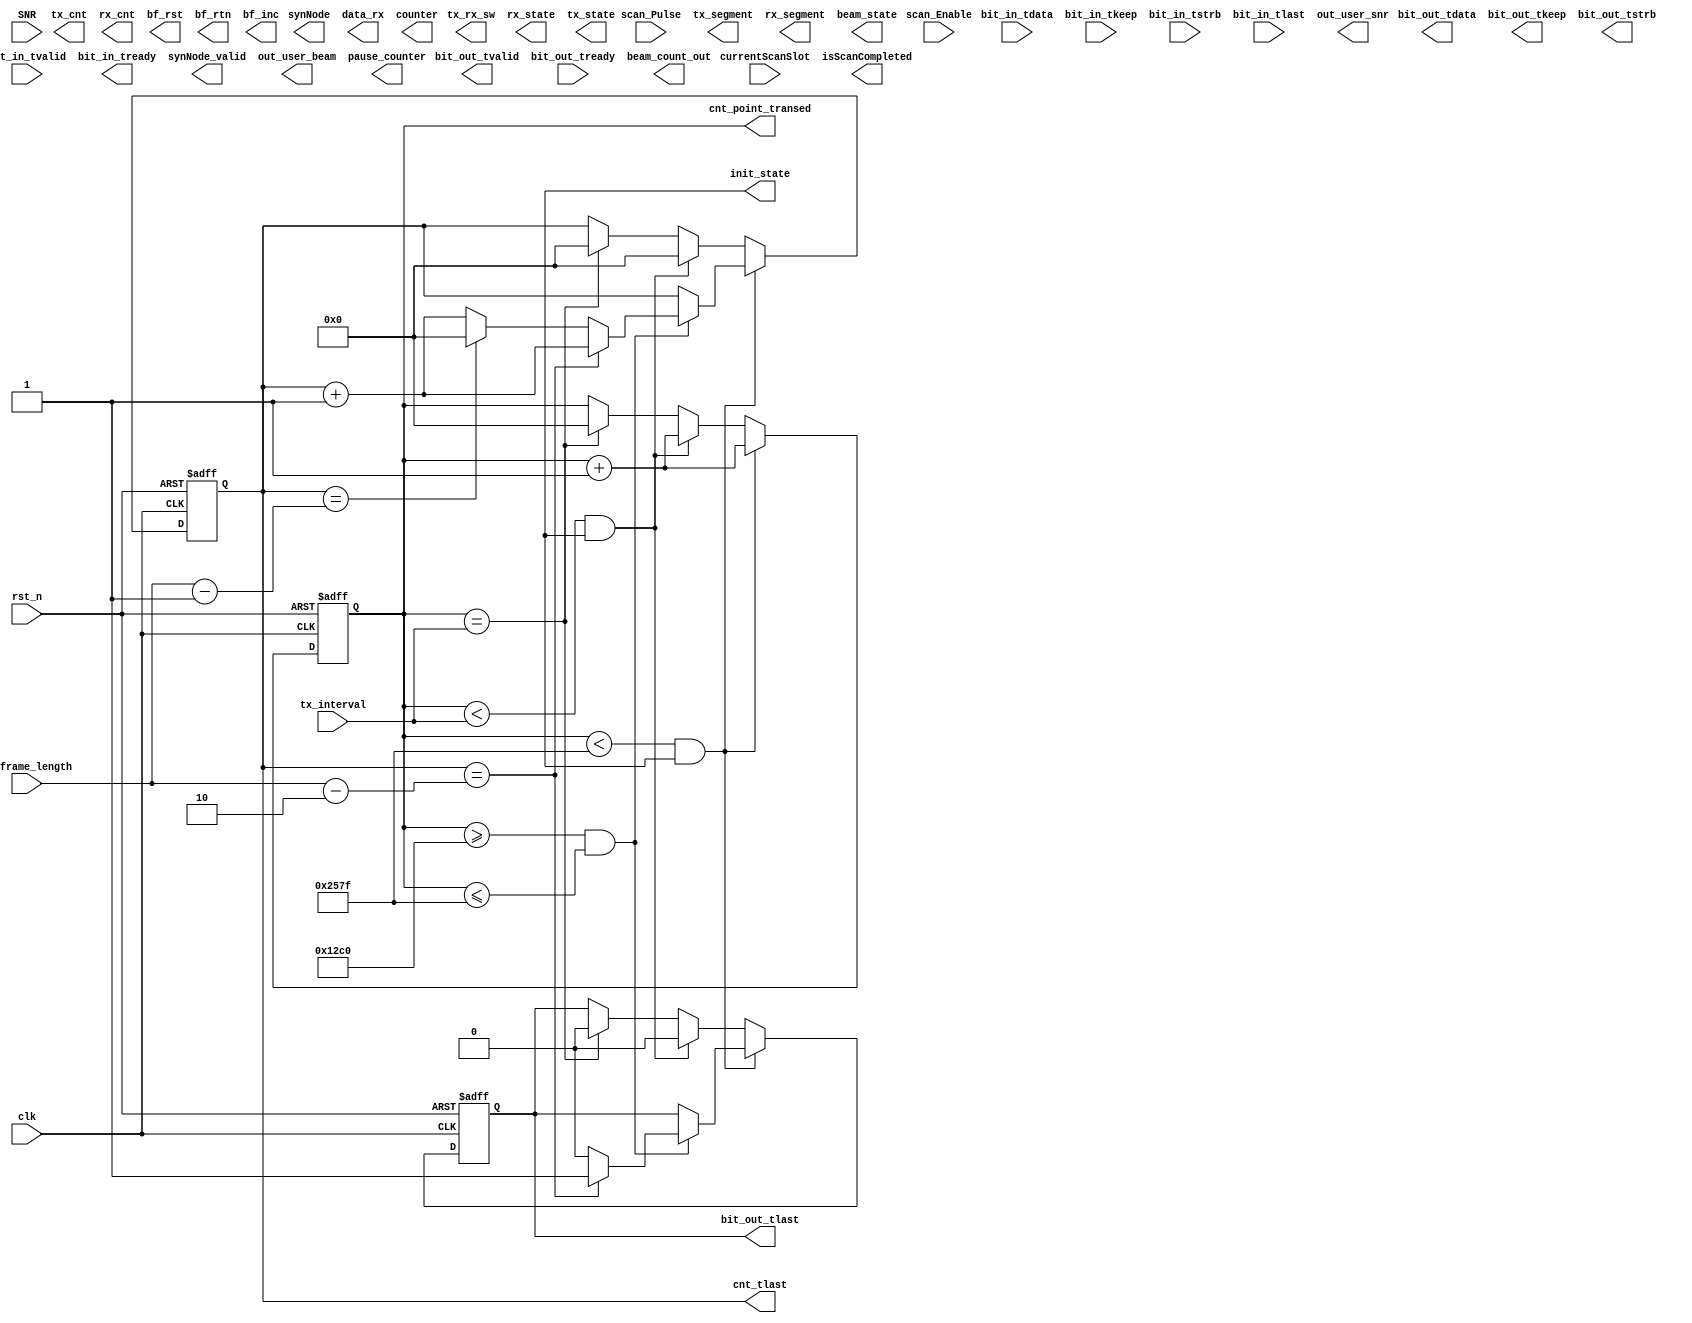
module beam_scan_v2(
    input wire clk,
    input wire rst_n,
        
    input wire  [15:0] tx_interval,
    input wire  [15:0] tx_frame_length,
    
    input wire scan_Enable, // ־ǰΪɨȽ׶
    input wire scan_Pulse,  // ɨȹ̣ÿɨʱ϶ʼʱ̸
    input wire  [7:0] currentScanSlot,  //ǰɨʱ϶ͨʱʱ϶ȷǰ
    
    //˲Ϊݽӿ
    //ڻվ͹㲥źŰϢ
    //ûվϢ: (1)һʱ϶ڣÿյһ֡ݣǰӦ
    //                        2
    output wire [15:0] bit_out_tdata,
    output wire        bit_out_tvalid,
    input  wire        bit_out_tready,
    output wire  [1:0] bit_out_tkeep,
    output wire  [1:0] bit_out_tstrb,
    output reg         bit_out_tlast,
    
    //˲Ϊݽӿ
    //ڻվһʱ϶ڣÿ㲥һϢתΪ״̬ղͬûÿһźݵȣһʱ϶ɺж
    //ûյվÿһźݺǰϢȣͬʱûҪ洢ߵ
    input  wire [15:0] bit_in_tdata,
    input  wire        bit_in_tvalid,
    output wire        bit_in_tready,
    input  wire  [1:0] bit_in_tkeep,
    input  wire  [1:0] bit_in_tstrb,
    input  wire        bit_in_tlast,
    
    output wire synNode_valid,
    output wire [7:0] synNode,
    output wire isScanCompleted,
    
    input  wire SNR, //ź
    
    output reg [7:0]  out_user_beam,// 洢ÿûĲ
    output reg [15:0] out_user_snr,  // 洢ÿû
    
    output reg [15:0] data_rx,
//    output reg pause_state, // ״̬վ1Ϊͣ0Ϊͣû1Ϊͣ0Ϊ
    output reg [15:0]  tx_segment,
    output reg [15:0]  rx_segment,
    
    output reg init_state,  // UE ר
    
    output reg [15:0] tx_cnt,//UEר
    output reg [15:0] rx_cnt,//UEר
    
    output reg [15:0] cnt_tlast,
    output reg [15:0] cnt_point_transed,
    
    output wire [7:0] beam_count_out ,
    output reg [15:0] counter, //UEר
    
//    output reg send_data,
    output reg [31:0] pause_counter,
    
    output wire tx_rx_sw, //RXģʽ(TX_RX_SW=0)TXģʽ(TX_RX_SW=1)
    output reg beam_state,//1Ϊ 
    output reg rx_state, //1Ϊ
    output reg tx_state, //1Ϊ
    
    output wire bf_rst, // BF_RSTΪԤ̵Ĭֵ=0  bs-> reg  ue->wire
    output reg bf_rtn, // BF_INCָ1
    output reg bf_inc  // BF_RTNʱΪԤ̵Ĭֵ
    
    );
    parameter [15:0] PAUSE_TIME = 16'd4799;
    parameter [15:0] BEAM_TIME  = 16'd9599;
    
//    reg [15:0] data_rx;
//    reg pause_state;
    
//    reg [7:0]  out_user_beam;// 洢ÿûĲ
//    reg [15:0] out_user_snr;
    
    // иʼ״̬־ʾǷΪһµķ͵Ŀʼ
//    reg init_state = 1'b0;  // BS ר
    
//    reg [31:0] counter = 0;  // BS ר
    
    reg [7:0] beam_index [63:0]; ////  Array to store the beam numbers,ǰÿĴСжټĴ
    reg [7:0] beam_count = 0; // Counter for the beam numbers
    
//    reg [7:0] tx_cnt;
//    reg [7:0] rx_cnt;
    
//    reg [31:0] cnt_tlast; 
//    reg [31:0] cnt_point_transed;
    
    reg send_data;
    
//    reg beam_state;//1Ϊ 
//    reg rx_state; //1Ϊ
//    reg tx_state; //1Ϊ
    
//    reg [7:0]  tx_segment = 0; 
    reg [95:0] tx_data; // Data to be transmitted
    reg [95:0] rx_data; // 洢յ
//    reg [15:0] tx_data [4799 : 0]; // Data to be transmitted
//    reg [15:0] rx_data [4799 : 0]; // 洢յ
//    reg [7:0]  rx_segment = 0; // 洢ݵĶκ
    
//    reg send_data; // Flag to control data transmission
    
    reg [7:0]  best_bs_beam; // 洢ѻվĲ
    reg [7:0]  best_user_beam;//// 洢ûĲ
    reg [15:0] best_snr; // 洢Ѳ
    
    integer i;
    
//    reg [31:0] pause_counter = 0; // ļ //4.1 20:23 ɾcntش
//    reg [31:0] counter = 0;
//    reg pause_state; // ״̬1Ϊͣ0Ϊ
//    reg [7:0] tx_cnt = 0;
//    reg [7:0] rx_cnt = 0;
    `ifdef NODE_UE
        // ûض߼
        reg [15:0] snr [63:0]; // 洢ÿ
        reg [7:0]  user_beam ; // 洢ÿûĲ
        reg [7:0]  user_counter;
        reg [7:0]  rx_counter;
    `endif
    `ifdef NODE_BS
        // վݵ߼       
        reg [7:0] user_beam [63:0]; // 洢ÿûĲ
        reg [15:0] bs_snr   [63:0]; // 洢ÿͲ
//        reg beam_state;// һηͽɺԤʱв Ϊ1ʱ  Ϊ0ʱ
    `endif
    
    `ifdef NODE_BS  //վ:׼\  վֱٶ
        always @(posedge clk or posedge scan_Pulse) begin
            if (rst_n == 1'b0) begin
                cnt_point_transed <= 32'd0;
                cnt_tlast         <= 32'd0;
                tx_segment <= 16'd0;   tx_data <= 96'd0;
                rx_segment <= 16'd0;   rx_data = 96'd0; 
                
                send_data  <= 1'b0; 
                pause_counter <= 32'd0;  
//                pause_state <= 1'b0;
                best_snr <= 16'd0;
                
                beam_state <= 1'b0;
                rx_state <= 1'b0;
                tx_state <= 1'b1;
                
                
                init_state <= 1'b0; 
                
                bf_inc <= 1'b0;
                bf_rtn <= 1'b0;
                bf_rst <= 1'b1;
                for (i = 0; i < 64; i = i + 1)
                    user_beam[i] <= 8'd0;
                for (i = 0; i < 64; i = i + 1)
                    bs_snr[i] <= 16'd0;
                for (i = 0; i < 64; i = i + 1'b1)
                    beam_index[i] <= i;
            end
            else begin
            
                //
//                if (pause_state == 1'b1) begin //ͣͣտ϶
                if (rx_state == 1'b1) begin //ͣͣտ϶
//                    if (bit_in_tvalid)begin
                        if(rx_segment <= 5) begin
                            rx_data[rx_segment*16+:16] = bit_in_tdata;
                            data_rx  <= rx_data[rx_segment*16+:16];
                        end
                        if (rx_segment < 16'd4799 ) begin
                            rx_segment = rx_segment + 16'd1;
                        end
                        else begin
                            rx_segment = 16'd0;
//                            user_beam[rx_data[3][8:0]] = rx_data[3][8:0];
                            user_beam[rx_data[39:32]] = rx_data[39:32];
                            //ѡ
//                            if(rx_data[7:0] != )
//                                user_counter <= user_counter + 1'b1;
//                            end
                            bs_snr [beam_count] <=  rx_data[5];
                            best_user_beam <=   rx_data[39:32];
                            best_snr       <=   bs_snr[beam_count]; //洢һʱ϶64
//                            out_user_beam       <=  rx_data[3][7:0]; // 洢ûĲ
//                            out_user_snr        <=  {rx_data[4][7:0] ,rx_data[3][15:8]}; // 洢ÿվ
                            // ͣʱղ洢û˷Ļվ˷ͲŵԼûǰĲ
                            if (bs_snr [beam_count] > best_snr) begin
                                best_bs_beam   <=   beam_count;
//                                best_user_beam <=   rx_data[2][7:0];
                                 best_user_beam <=   rx_data[39:32];
                                best_snr       <=   bs_snr[beam_count]; //洢һʱ϶64
                            end
                        end
//                    end
                    if (pause_counter < PAUSE_TIME) begin
                        pause_counter  =   pause_counter + 32'd1;
                    end
                    else begin
//                        pause_state    =   1'b0;
//                        pause_counter  =   32'd0;
                        pause_counter  <=   pause_counter + 32'd1;
                        beam_state     <=   1'b1; // ״̬һ״̬
                        rx_state     <=   1'b0;
                        tx_state    <=   1'b0;
                        data_rx <= 0;
                    end
                end
                
                //
                else if(beam_state == 1'b1)begin
//                else if(beam_state == 1'b1)begin
                
                    if(pause_counter < BEAM_TIME)begin //  <10
                        pause_counter  <=   pause_counter + 32'd1;
                        if(beam_count > 0 && beam_count <= 63)begin //inc
                            bf_inc <= 1'b1;
                        end
                        else if( beam_count == 0 && send_data == 0)begin
//                        else if(beam_count == 63 || beam_count == 0)begin
                            bf_rst <= 1'b1;
                        end
                        
                    end
                    else begin //׶
//                        pause_state   <=   1'b0;
                        pause_counter <= 32'd0;
                        beam_state    <=   1'b0;
                        tx_state      <=   1'b1;
                        rx_state      <=   1'b0;
                        bf_inc <= 1'b0;
                        bf_rst <= 1'b0;
                        bf_rtn <= 1'b0;
                    end
                    
                end
                
                //
                else if(tx_state == 1 )begin
//                if(tx_state == 1 || (beam_state == 0 && rx_state == 0) )begin
//                if(pause_state == 0 && beam_state == 0)begin
//                else if(pause_state == 0 && beam_state == 0)begin
                    data_rx <= 0;
//                    if (scan_Enable && beam_count == 0) begin //һźŷ 3.31 1441޸ģб뿴Ƿԡ
                    if (scan_Enable && scan_Pulse  && beam_count == 0) begin //һźŷ
                        // Construct the data to be transmitted
                        send_data  <=  1'b1;
                        init_state <= 1'b1;
                        bf_rst <= 1'b0;
//                        {tx_data [5][15:0],tx_data[4][15:0],tx_data[3][15:0],tx_data[2][15:8]} <=  56'h4321567890ABCD; // Reserved
//                        tx_data [2][7:0] <=  beam_index[beam_count]; // Beam index
//                        tx_data [1][15:6] <=  10'd96; // Data length
//                        tx_data [1][5:0] <=  6'b001001; // Data type
//                        tx_data [0][15:8]  <=  8'hFF; // Destination address
//                        tx_data [0][7:0] <=  8'h01; // Source address
                        tx_data [95:40] <=  56'h4321567890DCBA; // Reserved
                        tx_data [39:32] <=  beam_index[beam_count]; // Beam index
                        tx_data [31:22] <=  10'd96; // Data length
                        tx_data [21:16] <=  6'b001001; // Data type
                        tx_data [15:8]  <=  8'hFF; // Destination address
                        tx_data [7:0]   <=  8'h01; // Source address
                    end
//                    else if (scan_Enable && bit_out_tready) begin//沨źŷ 3.31 1441޸ģб뿴Ƿԡ
                    else if (scan_Enable && bit_out_tready  && beam_count != 0) begin//沨źŷ
                        send_data <= 1'b1;
//                        {tx_data [5][15:0],tx_data[4][15:0],tx_data[3][15:0],tx_data[2][15:8]} <=  56'h4321567890ABCD; // Reserved
//                        tx_data [2][7:0] <=  beam_index[beam_count]; // Beam index
//                        tx_data [1][15:6] <=  10'd96; // Data length
//                        tx_data [1][5:0] <=  6'b001001; // Data type
//                        tx_data [0][15:8]  <=  8'hFF; // Destination address
//                        tx_data [0][7:0] <=  8'h01; // Source address
                        tx_data [95:40] <=  56'h1234567890ABCD; // Reserved
                        tx_data [39:32] <=  beam_index[beam_count]; // Beam index
                        tx_data [31:22] <=  10'd96; // Data length
                        tx_data [21:16] <=  6'b001001; // Data type
                        tx_data [15:8]  <=  8'hFF; // Destination address
                        tx_data [7:0]   <=  8'h01; // Source address
                    end
                    if (cnt_point_transed < tx_frame_length && send_data ) begin
                        if (bit_out_tready == 1'b1) begin
//                            cnt_point_transed <= cnt_point_transed + 32'd1;
                            if (tx_segment < 16'd4799) begin
                                tx_segment = tx_segment + 16'd1;
                            end
                            else begin
                                tx_segment  = 16'd0; 
                                beam_count  = beam_count + 1'b1;
//                                pause_state = 1'b1;
                                tx_state = 1'b0;
                                rx_state = 1'b1;
                                beam_state = 1'b0;
                                rx_data[rx_segment*16+:16] = bit_in_tdata;
                                data_rx  <= rx_data[rx_segment*16+:16];
                                if (beam_count > 63) begin
                                    beam_count <=  0;
                                    send_data  <=  1'b0;
                                end
                            end
                        end
                    end
                end
            end
        end
    `endif
    
    
     `ifdef NODE_UE //û:׼\
//  ˲:ÿʱ϶Уû˻յվ˷͵64ĲͬݣͨȽбȽϡ
//  ȣÿʱ϶ʱѡȵĻվ˷͵ĲšȻ64ʱ϶
//  Ƚÿʱ϶ѡľȵĻվ˷͵ĲţѡĲţȷӦûղźţѲԡ
//  ÿʱ϶ʱÿȺѡѵĲ
        always @(posedge clk or posedge scan_Pulse) begin
            if (rst_n == 1'b0) begin

                best_bs_beam <= 8'd0; best_user_beam  <=  8'd0; best_snr  <=  16'd0;
                
                tx_segment  <=  16'd0; tx_data  <=  0;
                rx_segment  <=  16'd0; rx_data  <=  0;
                
                user_beam   <=  8'd0;
                
                pause_counter  <=  32'd0; 
//                pause_state  <=  1'b0;
                init_state <= 1'b0;
                rx_counter <= 8'd0;
                counter = 32'd0;
                beam_state <= 1'b0;
                rx_state <= 1'b1;
                tx_state <= 1'b0;
                bf_inc <= 1'b0;
                bf_rtn <= 1'b0;
                rx_cnt    <=   1'b0;
                tx_cnt    <=   1'b0;
                for (i = 0; i < 64; i = i + 1)
                    snr[i] <= 16'd0;
            end
            else  begin
 
                if(rx_segment == 16'd4799)begin
                    counter <= counter + 1'b1;
                    rx_data <= 0;
                    data_rx <= 16'd0;
                    rx_state <= 1'b0;
                    tx_state <= 1'b1;
                    beam_state <= 1'b0;
                    rx_segment  =  16'd0;
                    tx_segment  =  16'd0;
                    rx_cnt = 1'b0;
                    tx_cnt = 1'b0;
                end
                
                //
               if (tx_state == 1'b1) begin
                     tx_cnt = tx_cnt + 16'd1;
//                     rx_data <= 96'd0;
//                     data_rx <= 16'd0;
                    // ڻվͣʱյĶӦվͲŵȷͳȥ
                    tx_data[95:56] =  40'h1234567890; // Reserved
    //                tx_data[47:40] = snr[best_beam]; // SNR of the best beam
                    tx_data[55:40] =  snr[rx_data[39:32]]; // SNR of current BS's beam
    //                tx_data[39:32] = best_beam; // User's current beam
                    tx_data[39:32] =  user_beam; // User's current beam
                    tx_data[31:22] =  10'd96; // Data length
                    tx_data[21:16] =  6'b001001; // Data type
                    tx_data[15:8]  =  8'h01; // Destination address
                    tx_data[7:0]   =  8'h02; // Source address

//                    if (tx_state ) begin // //4.1 20:23 ɾcntش
//                    if (cnt_point_transed < tx_frame_length && tx_state ) begin // 4.1 1500֮ǰõ
    //                if (cnt_point_transed < tx_frame_length && pause_state ) begin
                        if (bit_out_tready == 1'b1) begin
//                            cnt_point_transed <= cnt_point_transed + 32'd1; //4.1 20:23 ɾcntش
                            if (tx_segment < 16'd4799 ) begin
    //                        if (tx_segment < 6'd5 && (tx_cnt > 1 )) begin
                                tx_segment  =  tx_segment + 16'd1;
                            end   
                            
    //                        else begin
    //                            tx_segment  <=  6'd0;
    //                        end
                            if (pause_counter < PAUSE_TIME) begin
                                pause_counter  =   pause_counter + 32'd1;
                            end
                            else begin
                                pause_counter  <=   pause_counter + 32'd1;
                                beam_state     <=   1'b1; // ״̬һ״̬
                                rx_state     <=   1'b0;
                                tx_state    <=   1'b0;
                                rx_data <= 96'hEFEF;
                                data_rx <= 16'hCDCD;                    
                            end
                        end
//                    end
//                    else if (cnt_point_transed < tx_interval) begin  //4.1 20:23 ɾcntش
//                        cnt_point_transed  <=  cnt_point_transed + 32'd1;
//                    end
//                    else if (cnt_point_transed == tx_interval) begin
//                        cnt_point_transed  <=  32'd0;
//                    end
            end//ͽ
            
            //
            else if(beam_state == 1'b1)begin
//                else if(beam_state == 1'b1)begin
                if(pause_counter < BEAM_TIME)begin //  <10
                    pause_counter  <=   pause_counter + 32'd1;
                    if(counter > 0 && counter < 64)begin //inc
//                    if(user_beam >= 0 && user_beam <= 63)begin //inc
                        bf_inc <= 1'b1;  // һֱʾΪ1
                    end
//                    else if( user_beam == 0 && counter == 0)begin
////                        else if(beam_count == 63 || beam_count == 0)begin
//                        bf_rst <= 1'b1;
//                    end
                end
                else begin //׶
                    pause_counter <=   32'd0;
                    beam_state    <=   1'b0;
                    tx_state      <=   1'b0;
                    rx_state      <=   1'b1;
                    rx_cnt        <=   8'd1;
                    bf_inc        <=   1'b0;
                    bf_rtn        <=   1'b0;
                end
            end
            
            // 
            else if (rx_state == 1'b1) begin
                if (bit_in_tvalid) begin // 4.1 1500ע͵
//                    rx_state <= 1'b1;
//                    tx_state <= 1'b0;
//                    beam_state <= 1'b0;
//                    pause_counter  =   pause_counter + 32'd1;
//                    counter <= 32'd1;
//                    pause_state <= 1'b1;
                    init_state <= 1'b1;
//                    rx_cnt <= rx_cnt + 8'd1;
//                    rx_cnt = rx_cnt + 8'd1;
//                    rx_data[rx_segment*16+:16] = bit_in_tdata;
//                    data_rx    =  rx_data[rx_segment*16+:16];
//                    if (rx_segment < 8'd6 ) begin
                    if (rx_segment < 16'd4799 && (rx_cnt != 0 )) begin
                        rx_segment <= rx_segment + 16'd1;
                    end
//                    else begin
//                        rx_segment  =  8'd0;// ɣרΪ
//                    end
                    if(rx_segment <= 16'd5)begin
                        rx_data[rx_segment*16+:16]   =   bit_in_tdata;
                                          data_rx    =   rx_data[rx_segment*16+:16];
                    end
                    rx_cnt <= rx_cnt + 8'd1;
                    if(rx_segment ==  16'd4799) begin
                    // µǰ
//                        tx_segment  =  16'd0;
//                        tx_cnt      =  16'd0;
                        snr[rx_data[39:32]] <= SNR;
//                        rx_state <= 1'b0;
//                        tx_state <= 1'b1;
//                        beam_state <= 1'b0;
                        // ǰȱѲȴѵĲ
                        if (SNR > best_snr) begin
                            best_bs_beam    <=  rx_data[39:32];//洢һʱ϶64ķͲ
                            best_user_beam  <=  user_beam;
                            best_snr <= SNR;//洢һʱ϶64
                        end
                    end
                  end // 4.1 1500ע͵
               end
            //û˲һʱ϶ڸһ
//                if (tx_state) begin
                if (scan_Pulse == 1'b1) begin
                    counter    <= 32'd0;
//                    pause_state <= 1'b0;
                    if(rx_counter >= 1) begin //user_beam0ʼ
                        user_beam = user_beam + 8'd1;
                    end
                    rx_counter = rx_counter + 1'b1;
                    if(rx_counter == 64) begin
                        user_beam  <=  8'd0;
                        rx_counter <=  8'd0;
                    end
                    if(user_beam == 64) begin
                        user_beam  <=  8'd0;
//                        counter    <= 32'd0;
//                        pause_state <= 1'b0;
                    end
                end
            end
        end
    `endif
    
    
    `ifdef NODE_UE //û˷ģ
    //ûݲ
//        assign bit_out_tvalid =  (pause_state == 1'b1) ? bit_out_tready : ((cnt_point_transed < tx_frame_length && send_data) ? bit_out_tready : 1'b0);
        assign bit_out_tvalid =  (tx_state == 1'b1) ? 1'b1 : 1'b0;
//        assign bit_out_tdata  =  (pause_state == 1'b1) ? tx_data[tx_segment*16+:16] : ((pause_state == 1'b1) ? 16'd0 : tx_data[tx_segment*16+:16]); 
        assign bit_out_tdata  =  (tx_state == 1'b1 && tx_segment <= 16'd5) ? tx_data[tx_segment*16+:16] : 16'hf0f0; 
        assign bit_out_tkeep  =   2'b11;
        assign bit_out_tstrb  =   2'b00;   
        assign bit_in_tready  =   1'b1;
//        assign bit_in_tready  =  (rx_state == 1'b1) ? 1'b1: 1'b0;
        assign tx_rx_sw = (tx_state == 1'b1) ? 1'b1 : 1'b0; // RXģʽ(TX_RX_SW=0)TXģʽ(TX_RX_SW=1)
//        assign bf_rst = (beam_state == 1 && count) ? 1'b1 : 1'b0;
        assign bf_rst = (init_state == 0 || (beam_state == 1'b1 && counter == 16'h0040)) ? 1'b1 : 1'b0;
    `endif
    
    `ifdef NODE_BS //վģ
    //    assign bit_out_tvalid = (cnt_point_transed < tx_frame_length && send_data) ? bit_out_tready : 1'b0;
        assign bit_out_tvalid  =  (tx_state == 1'b0)  ?  1'b0 : ((cnt_point_transed < tx_frame_length && send_data) ? bit_out_tready : 1'b0);
        assign bit_out_tdata   =  (send_data == 1'b1 && tx_segment <= 5) ?  tx_data[tx_segment*16+:16] : 16'd0;
//        assign bit_out_tdata   =  (send_data == 1'b1) ?  tx_data[tx_segment*16+:16] : 16'd0;
//        assign bit_out_tdata  =  (tx_state == 1'b0) ? 16'd0 : tx_data[tx_segment*16+:16];
        assign bit_out_tkeep   =   2'b11;
        assign bit_out_tstrb   =   2'b00;
//        assign bit_in_tready  =  (rx_state == 1'b1) ? 1'b1 : 1'b0;
        assign bit_in_tready   =   1'b1;
        assign tx_rx_sw = (rx_state == 1'b1) ? 1'b0 :1'b1; // RXģʽ(TX_RX_SW=0)TXģʽ(TX_RX_SW=1)
        assign isScanCompleted = (currentScanSlot == 64) ? 1'b1 : 1'b0;
        assign  beam_count_out =  beam_count;
    `endif
 
    // ΪTX_MODEBS:ͬڵ8bitνڵID_18bitʹõķͲ8bitνڵID_28bitʹõķͲ8bit
    //RX_MODEUE:BSڵַ8bitʹõĽղ8bit
     `ifdef NODE_BS //վͬģ鷢ģ
//        assign [7:0] synNode = (currentScanSlot == 64) ?  //64ʱ϶ɣҾжһʱ͸ͬģνڵڵIDԼվÿûʱĶӦĲ
        assign synNode_valid = (currentScanSlot == 64) ? 1'b1 : 1'b0;
     `endif
      `ifdef NODE_UE //ûͬģ鷢ģ
//        assign [7:0] synNode = (currentScanSlot == 64) ?  
        assign synNode_valid = (currentScanSlot == 64) ? 1'b1 : 1'b0;
     `endif 
     
    always @(posedge clk or negedge rst_n) //4.1 20:23 ɾcntش
    begin
        if (rst_n == 1'b0) begin
            cnt_tlast <= 16'd0;
            bit_out_tlast <= 1'b0;
            cnt_point_transed <= 16'd0;
        end
        else begin
            if (cnt_point_transed < 16'h257F && init_state == 1'b1) begin // UEר
//            if (cnt_point_transed < tx_frame_length && send_data ) begin // BS ר
                cnt_point_transed <= cnt_point_transed + 16'd1;
//                if (bit_out_tvalid == 1'b1) begin  // UEר
//                if(tx_state == 1'b1) begin // UEר
                if(cnt_point_transed >= 16'h12C0 && cnt_point_transed <= 16'h257F) begin // UEר
                        if (cnt_tlast == (tx_frame_length - 16'd2) ) begin
                            cnt_tlast     <=   cnt_tlast + 16'd1;
                            bit_out_tlast <=   1'b1; //ʾһ֡
                        end
                        else if (cnt_tlast == (tx_frame_length - 16'd1)) begin
                            cnt_tlast     <=   16'd0;
                            bit_out_tlast <=   1'b0;
                        end
                        else begin
                            cnt_tlast     <=   cnt_tlast + 16'd1;
                            bit_out_tlast <=   1'b0;
                        end
//                    end   // UEר
                end
            end
            else if (cnt_point_transed < tx_interval && init_state == 1'b1) begin  // UEר
//            else if (cnt_point_transed < tx_interval && init_state) begin  // BSר
                cnt_point_transed  <=  cnt_point_transed + 16'd1;
                cnt_tlast <= 16'd0;
                bit_out_tlast <= 1'b0;
            end
            else if (cnt_point_transed == tx_interval) begin  
                cnt_point_transed  <= 16'd0;          
                cnt_tlast <= 16'd0;
                bit_out_tlast <= 1'b0;
            end
        end
    end 
endmodule